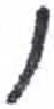
אות: ו